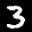
Label: 3